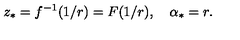
z _ { * } = f ^ { - 1 } ( 1 / r ) = F ( 1 / r ) , \quad \alpha _ { * } = r .